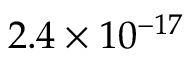
2 . 4 \times 1 0 ^ { - 1 7 }